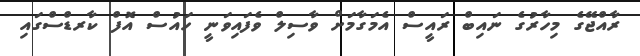
ރާއްޖޭގެ މިހާރުގެ ނައިބް ރައީސް އެމަގާމަށް ވާސިލް ވެފައިވަނީ ހައުސް އޮފް ކާރޑްސްގައި